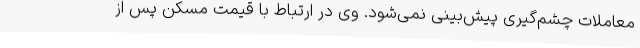
معاملات چشم‌گیری پیش‌بینی نمی‌شود. وی در ارتباط با قیمت مسکن پس از